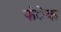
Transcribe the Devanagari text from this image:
फंेक